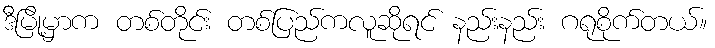
ဒီမြို့မှာက တစ်တိုင်း တစ်ပြည်ကလူဆိုရင် နည်းနည်း ဂရုစိုက်တယ်။